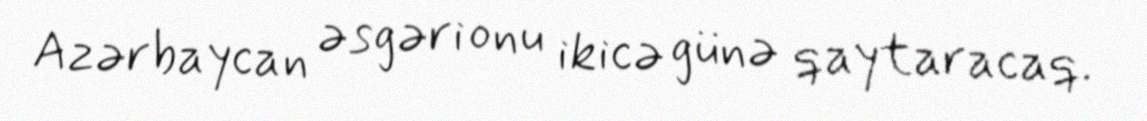
Azərbaycan əsgəri onu ikicə günə qaytaracaq.